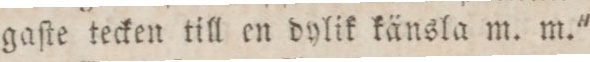
gaſte tecken till en dylik känsla m. m."